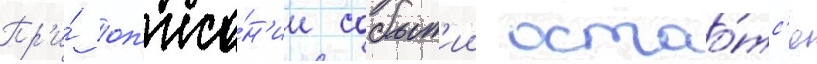
Пр'и́ оп'иса́н'ии событ'ии остао́тс'я